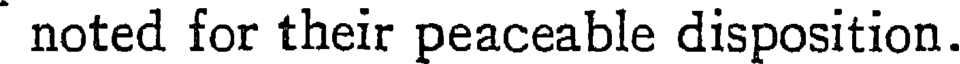
noted for their peaceable disposition.